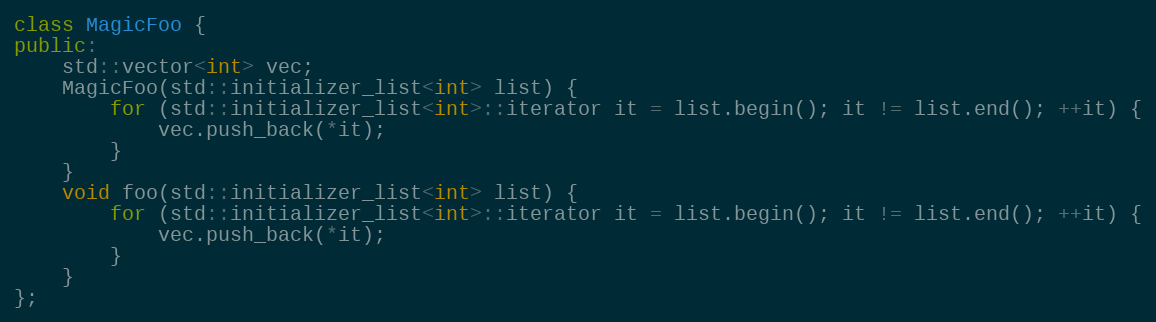
Language: C++
class MagicFoo {
public:
    std::vector<int> vec;
    MagicFoo(std::initializer_list<int> list) {
        for (std::initializer_list<int>::iterator it = list.begin(); it != list.end(); ++it) {
            vec.push_back(*it);
        }
    }
    void foo(std::initializer_list<int> list) {
        for (std::initializer_list<int>::iterator it = list.begin(); it != list.end(); ++it) {
            vec.push_back(*it);
        }
    }
};